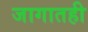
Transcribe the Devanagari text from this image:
जागातही